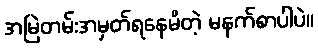
အမြဲတမ်းအမှတ်ရနေမိတဲ့ မနက်စာပါပဲ။